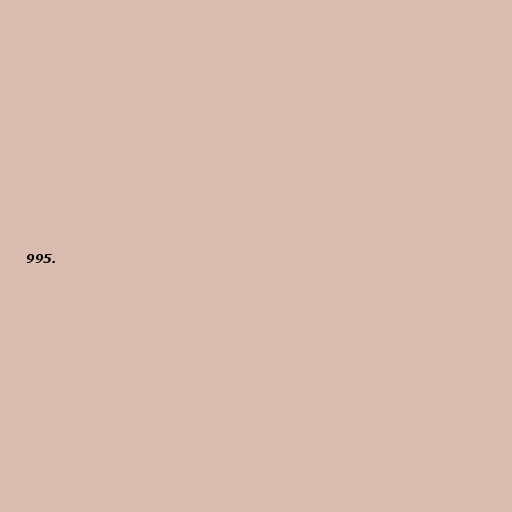
995.